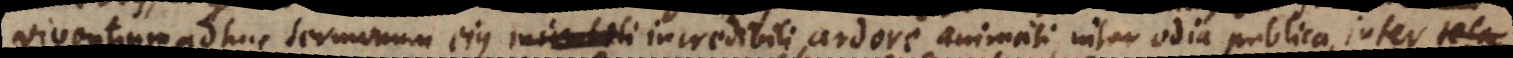
viventium adhuc sermonum ejus mirabili incredibili ardore animati, inter odia publica, inter tela